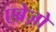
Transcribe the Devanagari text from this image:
एब्रेज़ो